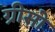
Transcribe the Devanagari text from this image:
ग्रीसो